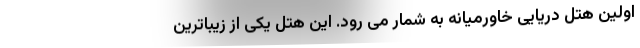
اولین هتل دریایی خاورمیانه به شمار می رود. این هتل یکی از زیباترین